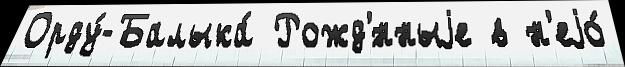
Орду́-Балыка́ Рожд'́нныjе в н'еjо́